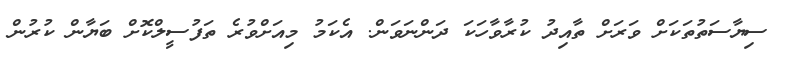
ސިޔާސަތުތަކަށް ވަރަށް ތާއިދު ކުރާވާހަކަ ދަންނަވަން. އެކަމު މިއަށްވުރެ ތަފުސީލްކޮށް ބަޔާން ކުރުން